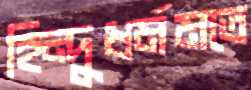
হিন্দুধর্মমতে